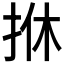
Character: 𢫩